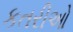
કતરીઓ